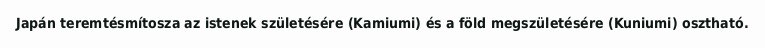
Japán teremtésmítosza az istenek születésére (Kamiumi) és a föld megszületésére (Kuniumi) osztható.